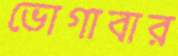
ভোগাবার